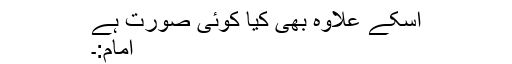
اسکے علاوہ بھی کیا کوئی صورت ہے
امام:۔